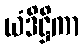
ယံဒိဋ္ဌိကာ